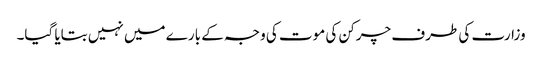
وزارت کی طرف چرکن کی موت کی وجہ کے بارے میں نہیں بتایا گیا۔